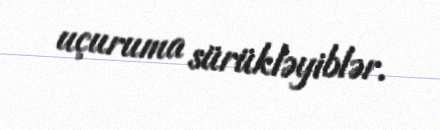
uçuruma sürükləyiblər.